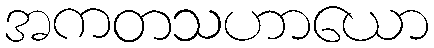
အကတသဟာယော